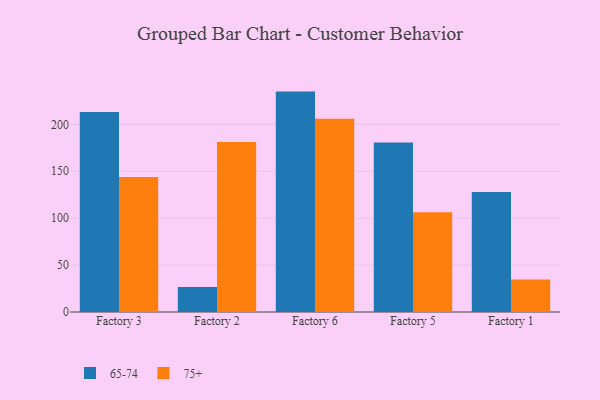
{"axis": {"x": "Factory", "y": "Population (Million)"}, "legend": ["65-74", "75+"], "data": [{"x": "Factory 3", "y": 213.1, "type": "65-74"}, {"x": "Factory 3", "y": 144.0, "type": "75+"}, {"x": "Factory 2", "y": 26.7, "type": "65-74"}, {"x": "Factory 2", "y": 181.1, "type": "75+"}, {"x": "Factory 6", "y": 234.9, "type": "65-74"}, {"x": "Factory 6", "y": 205.9, "type": "75+"}, {"x": "Factory 5", "y": 180.6, "type": "65-74"}, {"x": "Factory 5", "y": 106.4, "type": "75+"}, {"x": "Factory 1", "y": 127.9, "type": "65-74"}, {"x": "Factory 1", "y": 34.6, "type": "75+"}]}